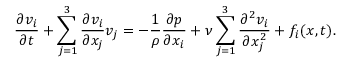
{ \frac { \partial v _ { i } } { \partial t } } + \sum _ { j = 1 } ^ { 3 } { \frac { \partial v _ { i } } { \partial x _ { j } } } v _ { j } = - { \frac { 1 } { \rho } } { \frac { \partial p } { \partial x _ { i } } } + \nu \sum _ { j = 1 } ^ { 3 } { \frac { \partial ^ { 2 } v _ { i } } { \partial x _ { j } ^ { 2 } } } + f _ { i } ( { \boldsymbol { x } } , t ) .